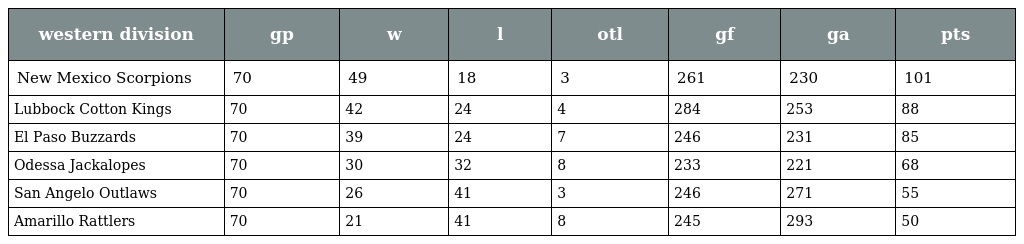
| western division | gp | w | l | otl | gf | ga | pts |
 | --- | --- | --- | --- | --- | --- | --- | --- |
 | New Mexico Scorpions | 70 | 49 | 18 | 3 | 261 | 230 | 101 |
 | Lubbock Cotton Kings | 70 | 42 | 24 | 4 | 284 | 253 | 88 |
 | El Paso Buzzards | 70 | 39 | 24 | 7 | 246 | 231 | 85 |
 | Odessa Jackalopes | 70 | 30 | 32 | 8 | 233 | 221 | 68 |
 | San Angelo Outlaws | 70 | 26 | 41 | 3 | 246 | 271 | 55 |
 | Amarillo Rattlers | 70 | 21 | 41 | 8 | 245 | 293 | 50 |